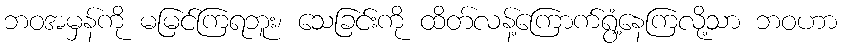
ဘဝအမှန်ကို မမြင်ကြရဘူး၊ သေခြင်းကို ထိတ်လန့်ကြောက်ရွံ့နေကြလို့သာ ဘဝဟာ